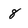
Character: 8